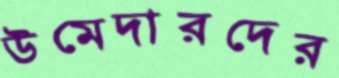
উমেদারদের